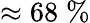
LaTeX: \approx 68\; \%